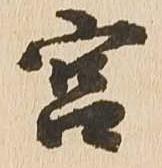
宮